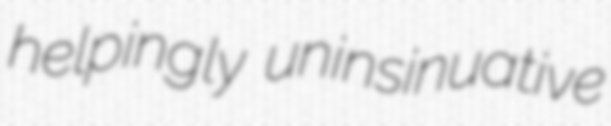
helpingly uninsinuative